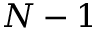
N - 1